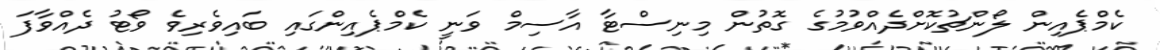
ކެމްޕެއިން ލޯންޗުކޮށްދެއްވުމުގެ ގޮތުން މިނިސްޓާ އާސިމް ވަނީ ކެމްޕެއިންގައި ބައިވެރިވެ ވޯޓު ދެއްވާފަ